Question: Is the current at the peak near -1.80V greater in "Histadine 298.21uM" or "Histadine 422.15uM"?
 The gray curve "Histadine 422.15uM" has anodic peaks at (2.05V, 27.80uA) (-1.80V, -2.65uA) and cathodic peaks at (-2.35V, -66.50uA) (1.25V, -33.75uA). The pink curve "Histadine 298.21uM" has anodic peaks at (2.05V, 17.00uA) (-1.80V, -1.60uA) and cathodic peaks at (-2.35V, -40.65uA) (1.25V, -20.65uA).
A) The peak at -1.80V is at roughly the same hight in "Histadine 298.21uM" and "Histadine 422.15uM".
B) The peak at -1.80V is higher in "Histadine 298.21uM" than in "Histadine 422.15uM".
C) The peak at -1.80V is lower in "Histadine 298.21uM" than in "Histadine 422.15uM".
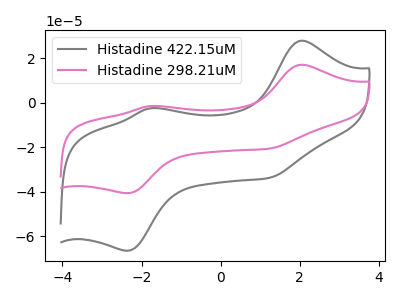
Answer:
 <answer>B) The peak at -1.80V is higher in "Histadine 298.21uM" than in "Histadine 422.15uM".</answer>
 <eval>B</eval>